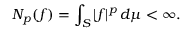
N _ { p } ( f ) = \int _ { S } | f | ^ { p } \, d \mu < \infty .